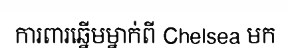
ការពារឆ្នើមម្នាក់ពី Chelsea មក